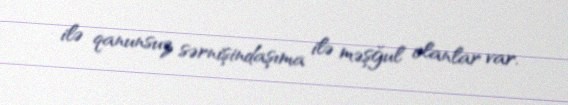
ilə qanunsuz sərnişindaşıma ilə məşğul olanlar var.